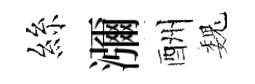
絲瀰酬巍